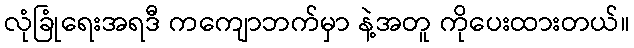
လုံခြုံရေးအရဒီ ကကျောဘက်မှာ နဲ့အတူ ကိုပေးထားတယ်။